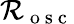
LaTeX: \mathcal{R}_{\mathrm{{~o~s~c~}}}